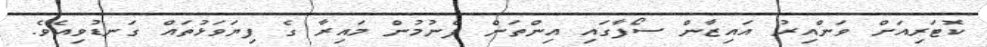
ކޮޓަރިއަށް ވަންއިރު އައިޒާން ސޯފާގައި އިންތަން ފެނުމުން މައިރާ ގެ ފިޔަވަޅުތައް ގަނޑުވިއެވެ.